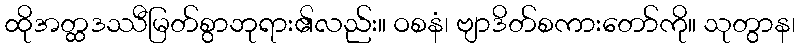
ထိုအတ္ထဒဿီမြတ်စွာဘုရား၏လည်း။ ဝစနံ၊ ဗျာဒိတ်စကားတော်ကို။ သုတွာန၊